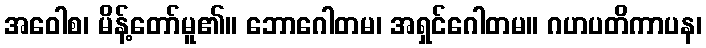
အဝေါစ၊ မိန့်တော်မူ၏။ ဘောဂေါတမ၊ အရှင်ဂေါတမ။ ဂဟပတိကာပန၊